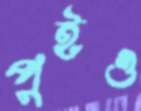
পুইও